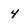
Character: 4